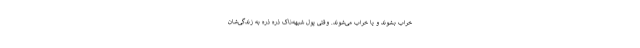
خراب بشوند و یا خراب می‌شوند. وقتی پول شبهه‌ناک ذره ذره به زندگی‌شان